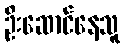
ဦးဆောင်နေသူ